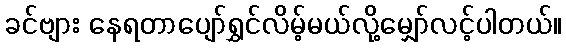
ခင်ဗျား နေရတာပျော်ရွှင်လိမ့်မယ်လို့မျှော်လင့်ပါတယ်။